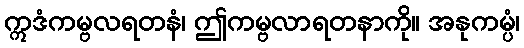
ဣဒံကမ္ဗလရတနံ၊ ဤကမ္ဗလာရတနာကို။ အနုကမ္ပံ၊